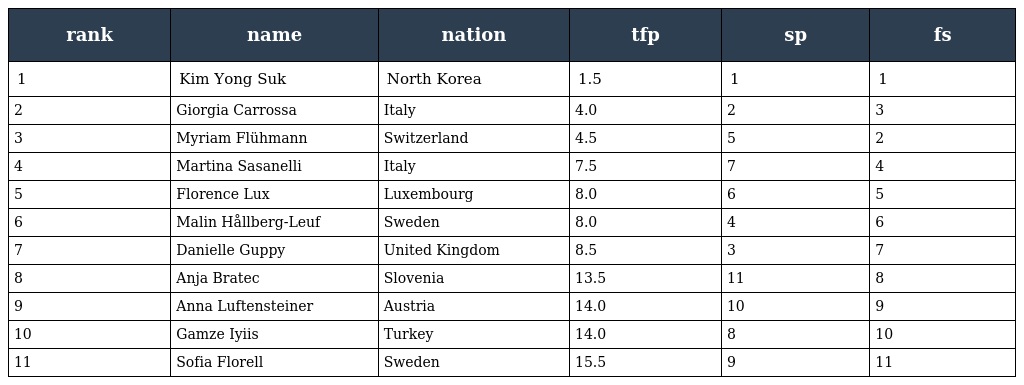
| rank | name | nation | tfp | sp | fs |
 | --- | --- | --- | --- | --- | --- |
 | 1 | Kim Yong Suk | North Korea | 1.5 | 1 | 1 |
 | 2 | Giorgia Carrossa | Italy | 4.0 | 2 | 3 |
 | 3 | Myriam Flühmann | Switzerland | 4.5 | 5 | 2 |
 | 4 | Martina Sasanelli | Italy | 7.5 | 7 | 4 |
 | 5 | Florence Lux | Luxembourg | 8.0 | 6 | 5 |
 | 6 | Malin Hållberg-Leuf | Sweden | 8.0 | 4 | 6 |
 | 7 | Danielle Guppy | United Kingdom | 8.5 | 3 | 7 |
 | 8 | Anja Bratec | Slovenia | 13.5 | 11 | 8 |
 | 9 | Anna Luftensteiner | Austria | 14.0 | 10 | 9 |
 | 10 | Gamze Iyiis | Turkey | 14.0 | 8 | 10 |
 | 11 | Sofia Florell | Sweden | 15.5 | 9 | 11 |